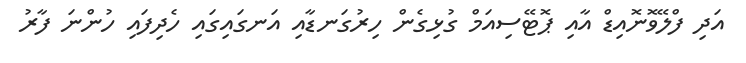
އަދި ފްލޭވޮނޮއިޑް އާއި ޕޮޓޭސިއަމް ގުޅިގެން ހިރުގަނޑާއި އަނގައިގައި ހެދިފައި ހުންނަ ފާރު